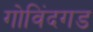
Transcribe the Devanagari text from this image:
गोविंदगड